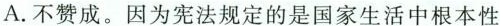
A.不赞成。因为宪法规定的是国家生活中根本性